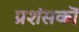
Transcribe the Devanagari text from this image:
प्रशंसकॊं